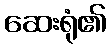
ဆေးရုံ၏